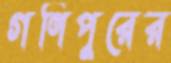
গণিপুরের